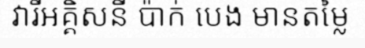
វារីអគ្គិសនី ប៉ាក់ បេង មានតម្លៃ